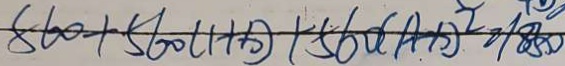
8 6 0 + 5 6 0 ( 1 + x ) + 5 6 0 ( A - x ) ^ { 2 } = 1 8 5 0